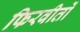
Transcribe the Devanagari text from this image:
फिरवीतों